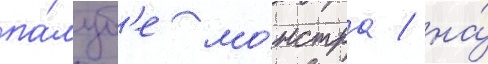
па́луб'е мо́нстра / на́